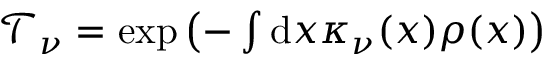
\begin{array} { r } { \mathcal { T } _ { \nu } = \exp \left( - \int \mathrm { d } x \kappa _ { \nu } ( x ) \rho ( x ) \right) } \end{array}